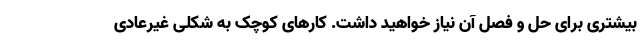
بیشتری برای حل و فصل آن نیاز خواهید داشت. کارهای کوچک به شکلی غیرعادی